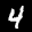
Label: 4